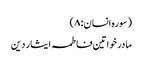
(سورہ انسان: ۸)
مادر خواتین فاطمہ ایثار دین